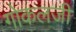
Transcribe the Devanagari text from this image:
गोकलजी